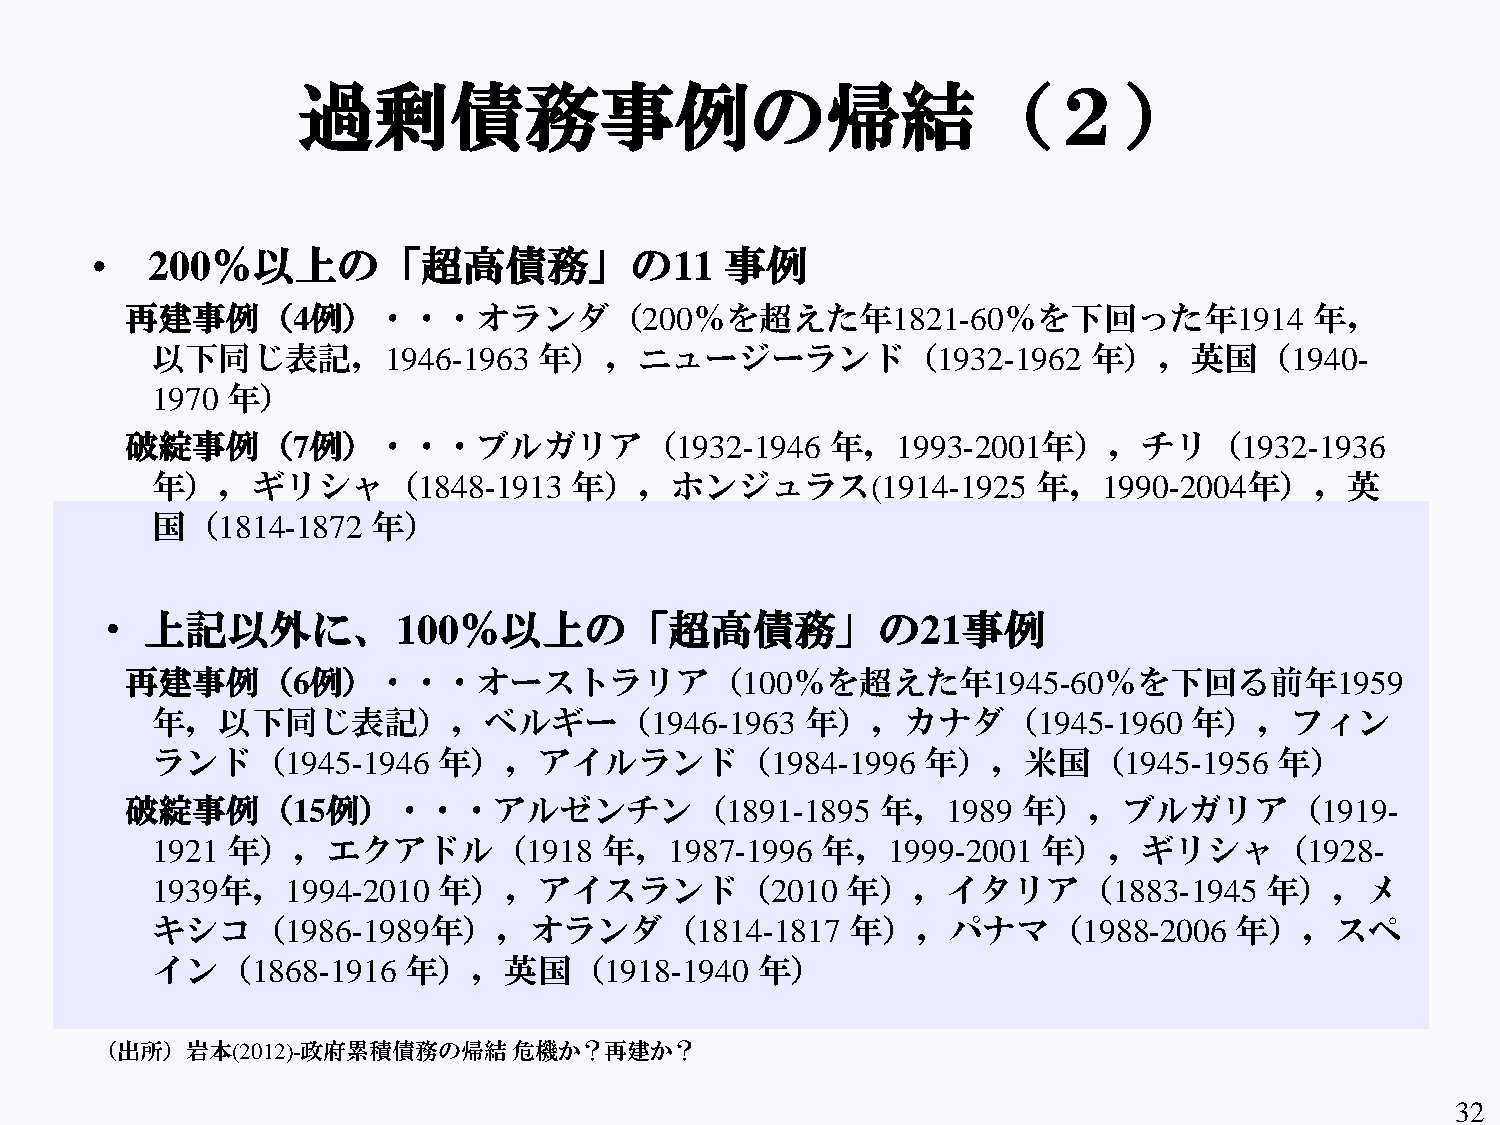
過剰債務事例の帰結（２）
 •   200％以上の「超高債務」の11                      事例
 再建事例（4例）・・・オランダ（200％を超えた年1821-60％を下回った年1914                                    年，
 以下同じ表記，1946-1963          年），ニュージーランド（1932-1962               年），英国（1940-
 1970 年）
 破綻事例（7例）・・・ブルガリア（1932-1946                     年，1993-2001年），チリ（1932-1936
 年），ギリシャ（1848-1913           年），ホンジュラス(1914-1925            年，1990-2004年），英
 国（1814-1872    年）
 ・   上記以外に、100％以上の「超高債務」の21事例
 再建事例（6例）・・・オーストラリア（100％を超えた年1945-60％を下回る前年1959
 年，以下同じ表記），ベルギー（1946-1963                   年），カナダ（1945-1960          年），フィン
 ランド（1945-1946      年），アイルランド（1984-1996             年），米国（1945-1956         年）
 破綻事例（15例）・・・アルゼンチン（1891-1895                      年，1989    年），ブルガリア（1919-
 1921 年），エクアドル（1918            年，1987-1996   年，1999-2001    年），ギリシャ（1928-
 1939年，1994-2010    年），アイスランド（2010             年），イタリア（1883-1945           年），メ
 キシコ（1986-1989年），オランダ（1814-1817                年），パナマ（1988-2006          年），スペ
 イン（1868-1916     年），英国（1918-1940        年）
 （出所）岩本(2012)-政府累積債務の帰結      危機か？再建か？
 32